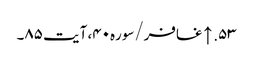
۵۳. ↑ غافر/سوره۴۰، آیت ۸۵۔